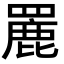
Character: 䍡